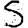
Digit: 5